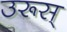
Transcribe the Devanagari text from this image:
उरूस्